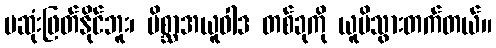
မဆုံးဖြတ်နိုင်ဘူး၊ မိစ္ဆာအယူဝါဒ တစ်ခုကို ယူမိသွားတက်တယ်။